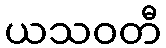
ယသဝတီ